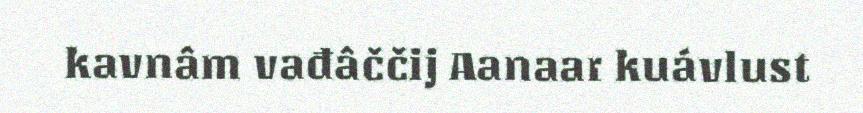
kavnâm vađâččij Aanaar kuávlust